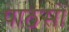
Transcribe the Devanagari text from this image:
पाठसों